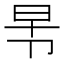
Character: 𭅸